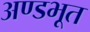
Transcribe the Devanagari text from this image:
अण्डभूत